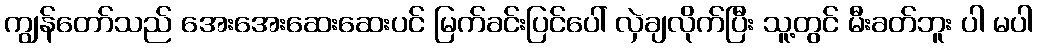
ကျွန်တော်သည် အေးအေးဆေးဆေးပင် မြက်ခင်းပြင်ပေါ် လှဲချလိုက်ပြီး သူ့တွင် မီးခတ်ဘူး ပါ မပါ